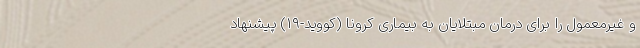
و غیرمعمول را برای درمان مبتلایان به بیماری کرونا (کووید-۱۹) پیشنهاد